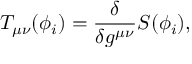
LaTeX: T _ { \mu \nu } ( \phi _ { i } ) = \frac { \delta } { \delta g ^ { \mu \nu } } S ( \phi _ { i } ) ,